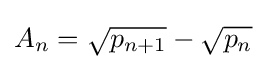
A_{n}={\sqrt {p_{n+1}}}-{\sqrt {p_{n}}}